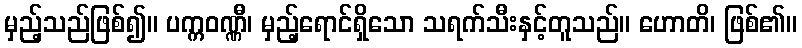
မှည့်သည်ဖြစ်၍။ ပက္ကဝဏ္ဏီ၊ မှည့်ရောင်ရှိသော သရက်သီးနှင့်တူသည်။ ဟောတိ၊ ဖြစ်၏။